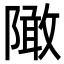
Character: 䧩